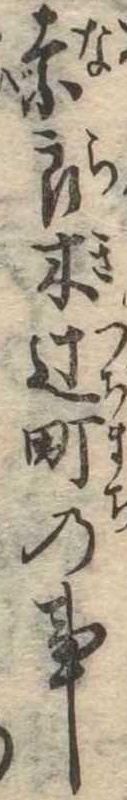
奈良木辻町の事